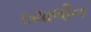
ઇથાલીન